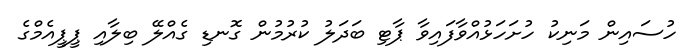
ހުސައިން މަނިކު ހުށަހަޅުއްވާފައިވާ ޕާޓި ބަދަލު ކުރުމުން ގޮނޑި ގެއްލޭ ބިލާއި ޕީޕީއެމްގެ